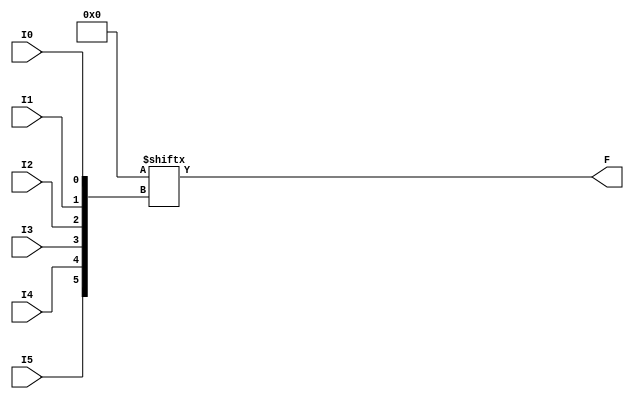
`ifdef verilator3
`else
`timescale 1 ps / 1 ps
`endif
//
// LUT6 primitive for Gowin FPGAs
// Compatible with Verilator tool (www.veripool.org)
// Copyright (c) 2022 Frdric REQUIN
// License : BSD
//

module LUT6
#(
    parameter [63:0] INIT = 64'h0
)
(
    input  I0,
    input  I1,
    input  I2,
    input  I3,
    input  I4,
    input  I5,
    output F
);

    assign F = INIT[{I5, I4, I3, I2, I1, I0}];

endmodule